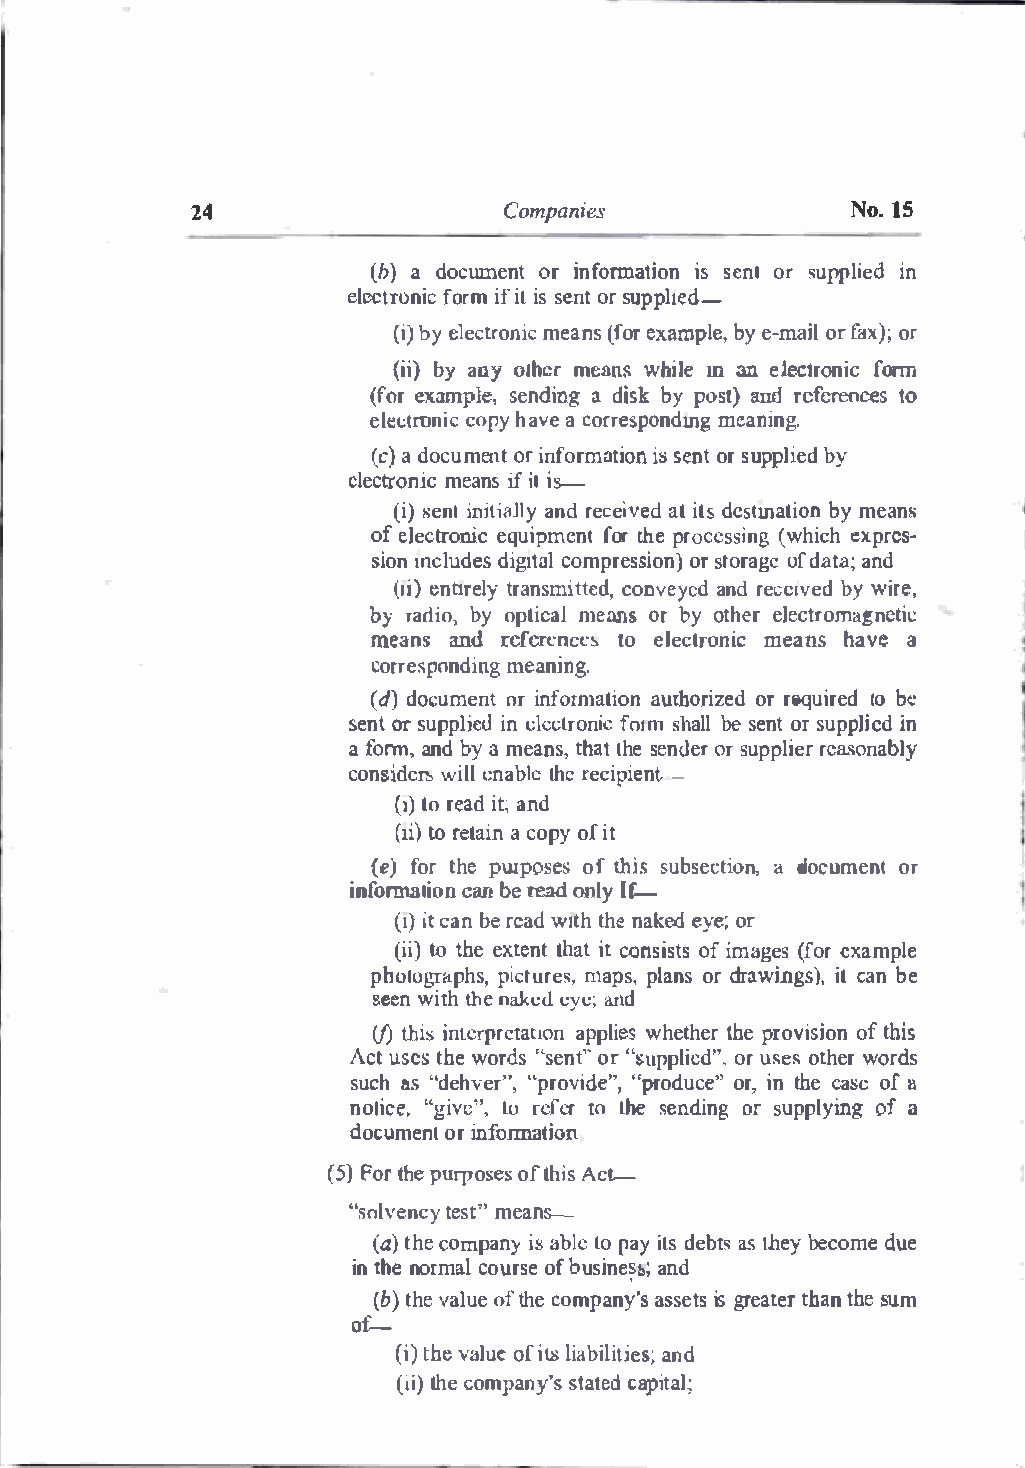
24                   Companies             Nol.5
 (b)a odcum ento ri nform atoin sinest ors upplieind
 electronfiocr im fi iss le norts uplpied-
 (ib)ye lectronic mea(fnoserx ampblyee -ma, ilo rf ax)o;r
 (iiby) a nyo lhcmre anl\w hile m an elec1rnoic form
 (foerx amplsee,n dian dgi sbky p osandt ) references to
 electronicco pyh avea c orresponmdemagn ing.
 (ca)d o cumneto ri nformiosst einootnrsu ppliedb y
 electromneiacni sf iis.t..-
 (i�>)e nilllj tiaaJnldry e ceiavt eiddct sstm atoinb ym eans
 ofe elctronic equipmfeonrtht e p roces(wshiichn egx pres­
 siomnc ludes dciogmtptorle sosrsi toonr)oa fg ed aantda ;
 (1ein)ti retlrya nsmciotntveeydea,dn dr ece1bvyw eidr e,
 by radiob,y optimceaanls orb y otheelre ctromagnetic
 meansand refenrcee�t oe lectronic meansh avea
 correspomnedainnign g.
 (dd)o cumeonrit n formataiuoth no rizedo rr equirebde lo
 senor ts uppliine elde ctfroomn1 si hca blesl e norts upplied in
 af onn, andb ya m eantsh,at th see ndoersr u pplric<;aeorn ably
 consiwdicln,ll: nabllhcrc ec iiepnt
 -
 (1t)or eaidta ;nd
 (1toi r)e taainc opoyfi t
 (ef)o rt hepw poseosf th iss ubstieocan ,d ocumeonr t
 inofrmatiocnan be readon ly I-f
 (1i)tc a nb er eawd1 tthh nea kedey eo;r
 (itoi )t heex tetnhatit tco nsiosfti sm ag(efsoe rx ample
 phutriaOpbhpsi,c tumraepssp,,l aonrsd rawingistc) a,nb e
 seewn ihtth en akede yea;n d
 (f) thisi nterpraeptpaltiweihso ent htehrper oviisono fth is
 Acuts etsh weo rd"ss enotr" 's'u pplieodru" s. eost hweorr ds
 sucahs " dehve"rp"r,o vi"dper"o,d uocrei,'n t' h cea seo f11
 noti"cgei,ve "L,ur efteroL hes endiorn sgup plying ofa
 documoernit nof rmation
 (5F)o rt hpeu rposeosft h iAsc t­
 "solventceys mte'a'S-n -
 (at)h ceo mpan)'i s atbopl aeyi ldse bats st hebyec omed ue
 int hen ormacl ourosfbe u sinaen�d b;
 (bt)h vea loufet hceo mpanay'sss eits s gretahtatenhr se u m
 of_...._
 (i) vtalhouefe i \8l iabiliatnide s;
 (ithie)c ompanys'tsa tcaepdit la;